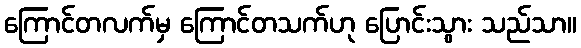
ကြောင်တလက်မှ ကြောင်တသက်ဟု ပြောင်းသွား သည်သာ။